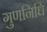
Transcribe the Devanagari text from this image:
गुणनिधि